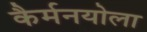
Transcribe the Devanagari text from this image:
कैर्मनयोला